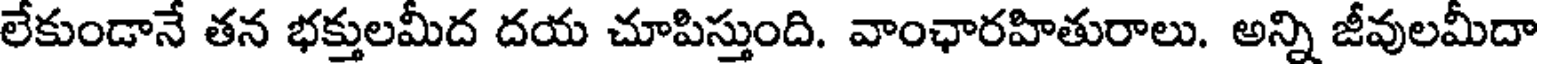
లేకుండానే తన భక్తులమీద దయ చూపిస్తుంది. వాంఛారహితురాలు. అన్ని జీవులమీదా